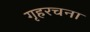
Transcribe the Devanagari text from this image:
गृहरचना